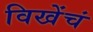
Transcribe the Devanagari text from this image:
विखेंचं